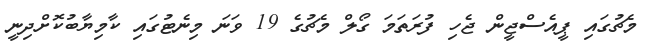
މެޗުގައި ޕީއެސްޖީން ޖެހި ފުރަތަމަ ގޯލް މެޗުގެ 19 ވަނަ މިނެޓުގައި ކާމިޔާބުކޮށްދިނީ